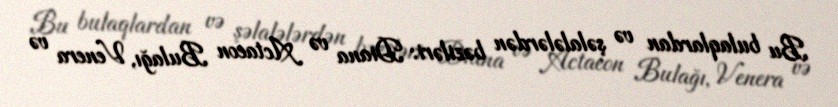
Bu bulaqlardan və şəlalələrdən bəziləri: Diana və Actaeon Bulağı, Venera və